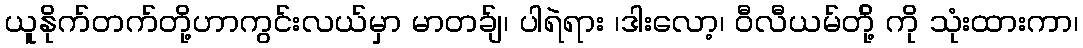
ယူနိုက်တက်တို့ဟာကွင်းလယ်မှာ မာတခ်ျ၊ ပါရဲရား ၊ဒါးလော့၊ ဝီလီယမ်တို့် ကို သုံးထားကာ၊